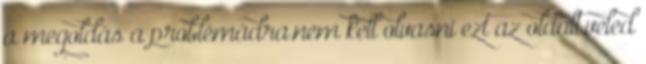
a megoldás a problémádra.nem kell olvasni ezt az oldalt.veled